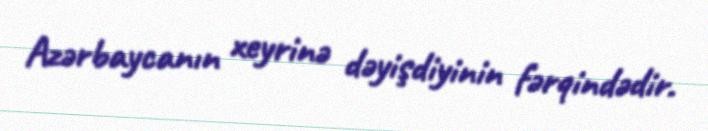
Azərbaycanın xeyrinə dəyişdiyinin fərqindədir.